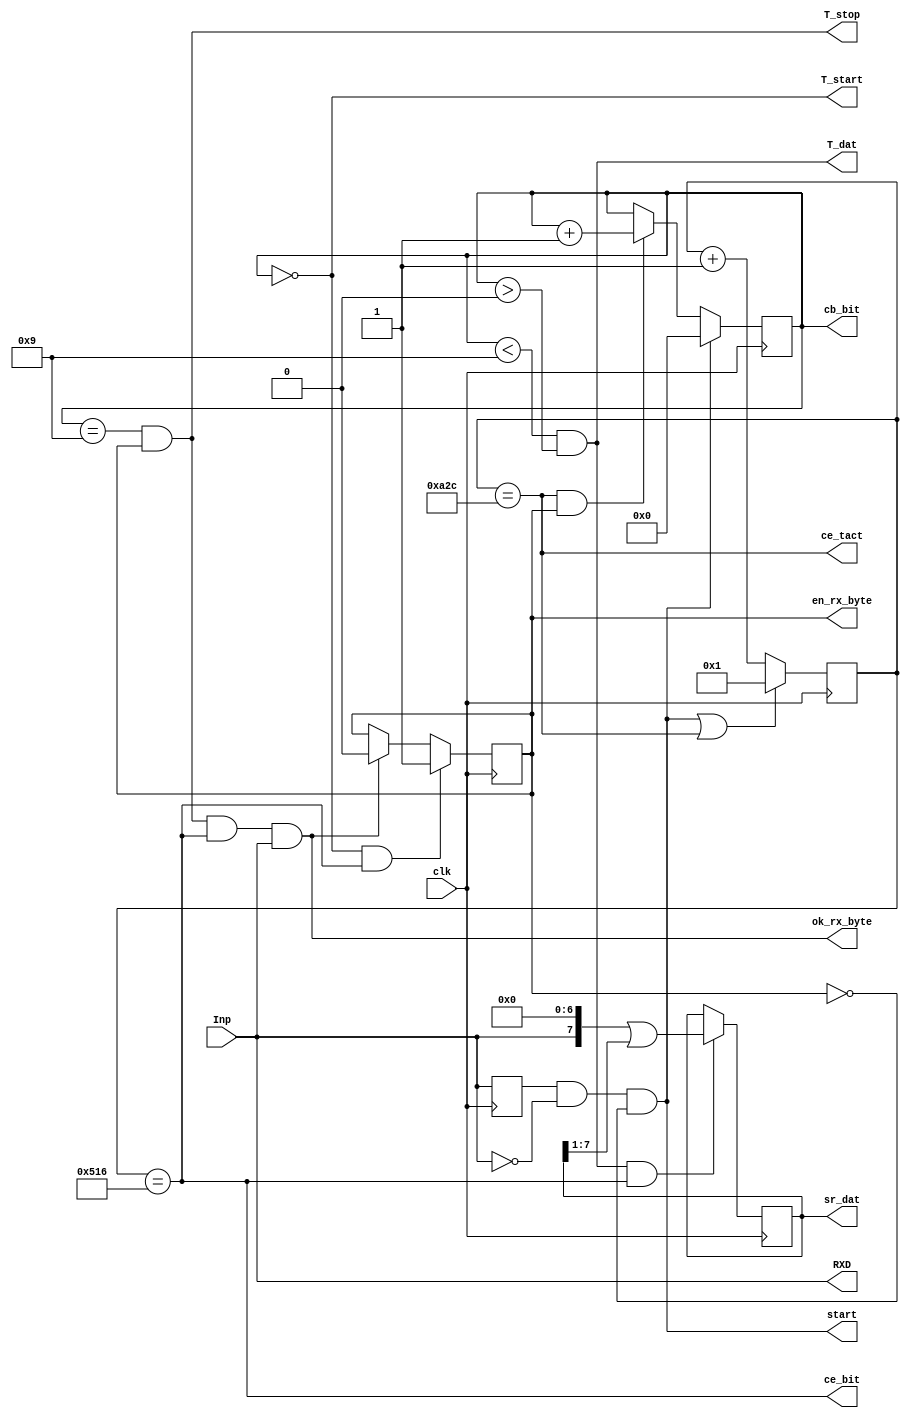
module URXD1B( input clk, 	output wire RXD, //
									output wire ce_tact, // 
					input Inp, 		//output reg en_tx =0, //  
									output reg [3:0] cb_bit=10,
									output wire T_start, // 
									output wire T_dat, // 
									output wire T_stop, // 
										//output wire ce_stop, // 
									output reg en_rx_byte = 0,
									output wire ok_rx_byte,
									output wire start,
									output wire ce_bit,
									output reg [7:0] sr_dat=0 );//  

parameter Fclk=50000000 ; //50 MHz
parameter VEL = 19200; //115200 ; //115.2 kBod (  1 )
parameter Nt = Fclk/VEL ; //~434

reg [15:0]cb_tact=0 ; // 

assign ce_tact = (cb_tact==Nt) ; // cb_tact  Nt //
assign T_start = (cb_bit == 0); //((cb_bit==0) & en_tx) ; //   
assign T_dat = (cb_bit<9) & (cb_bit>0); //    //
assign T_stop = (cb_bit == 9 & en_rx_byte); //((cb_bit==9) & en_tx); //   

//assign TXD = T_start? 0 : T_dat? sr_dat[0] : 1 ; //  sr_dat[0]
assign RXD = Inp;

assign ce_bit = (cb_tact == Nt/2);//
assign ok_rx_byte = T_stop & ce_bit & RXD;//

reg t_RXD;
wire dRXD = t_RXD & !RXD;
assign start = dRXD & !en_rx_byte ; //

//-------------
always @ (posedge clk) begin
	t_RXD <= RXD;

	cb_tact <= (start | ce_tact)? 1 : cb_tact+1 ; //""  1  cb_tact==`Nt
	en_rx_byte <= (T_start & ce_bit)? 1 : (ok_rx_byte)? 0 : en_rx_byte;//st? 1 : ce_stop? 0 : en_tx;
	cb_bit <= start? 0 : (ce_tact & en_rx_byte)? cb_bit+1 : cb_bit ;
	
	
	sr_dat <= (T_dat & ce_bit)? (RXD << 7)|(sr_dat >> 1) : sr_dat; //(T_start & ce_tact)? dat : (T_dat & ce_tact)? sr_dat>>1 : sr_dat ; /*  sr_dat   */
end

endmodule